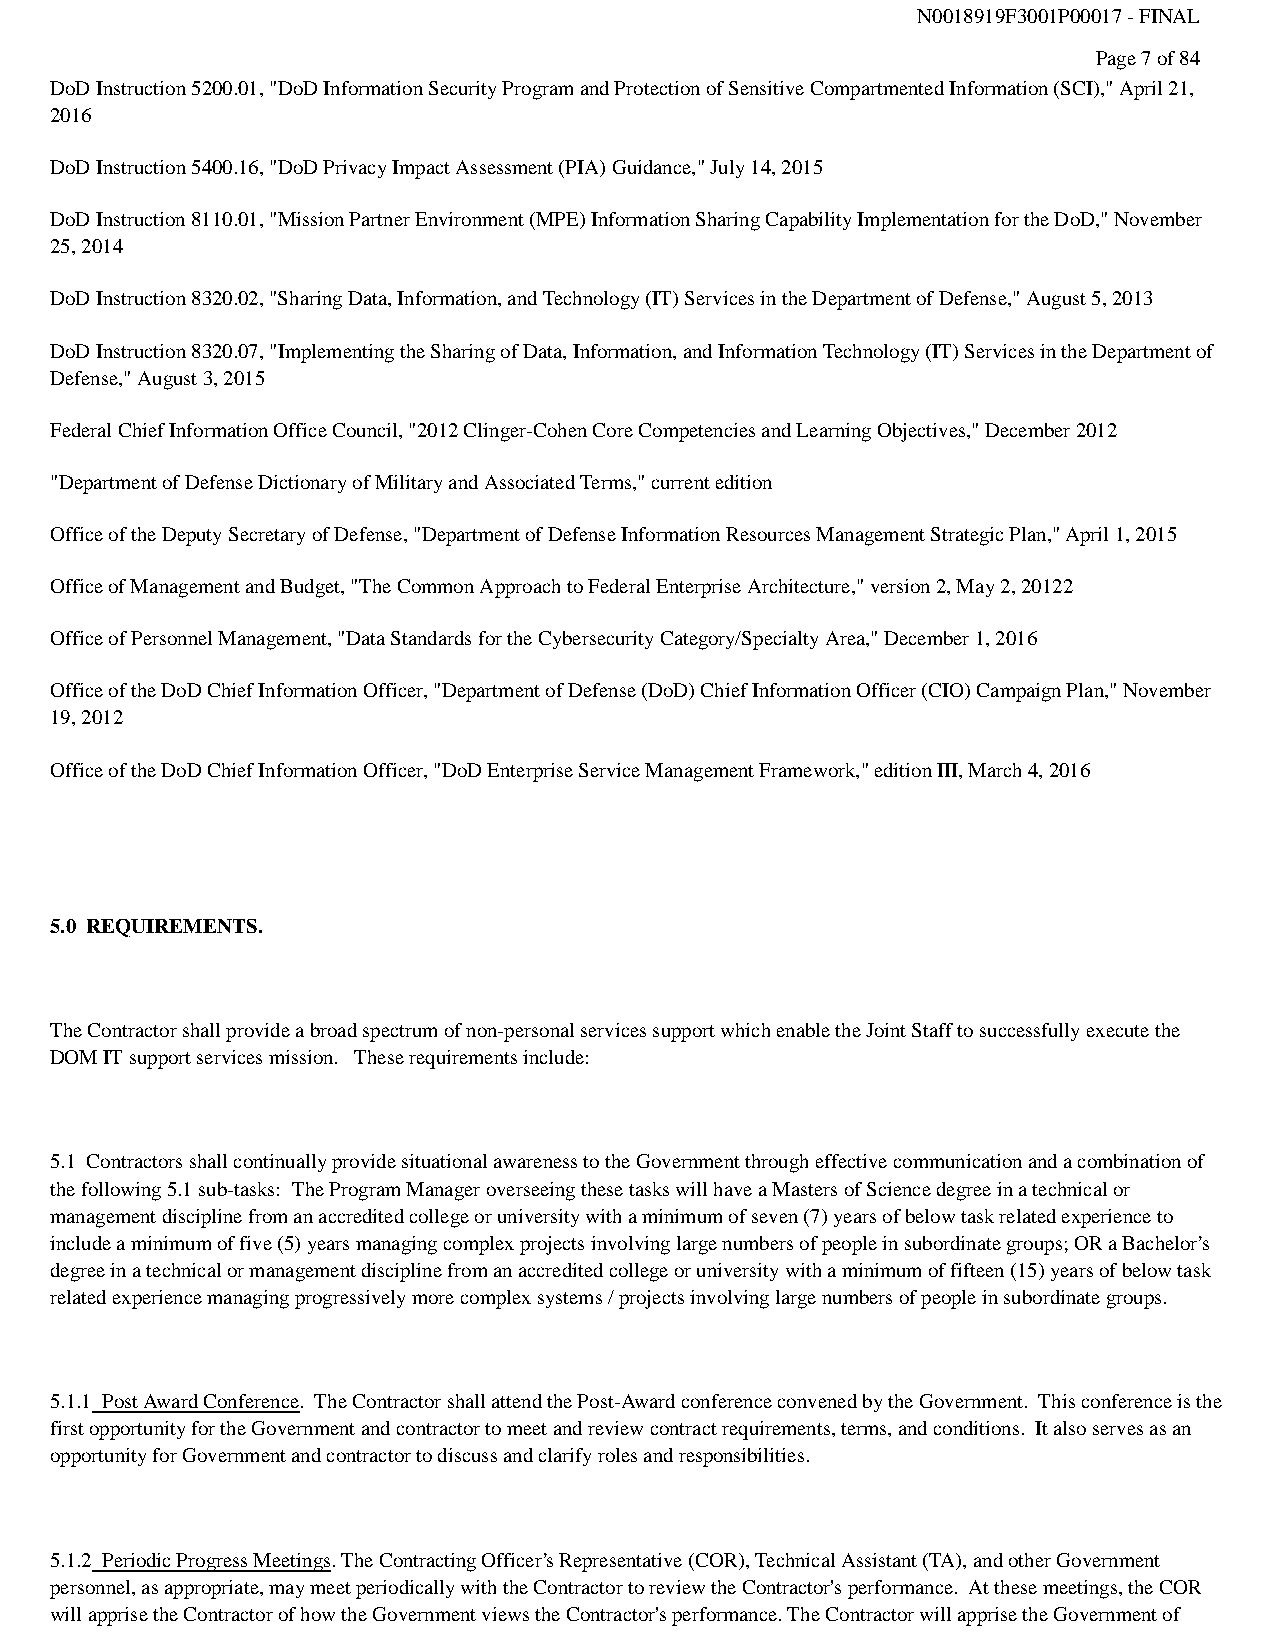
N0018919F3001P00017 - FINAL
 Page 7 of 84
 DoD Instruction 5200.01, "DoD Information Security Program and Protection of Sensitive Compartmented Information (SCI)," April 21,
 2016
 DoD Instruction 5400.16, "DoD Privacy Impact Assessment (PIA) Guidance," July 14, 2015
 DoD Instruction 8110.01, "Mission Partner Environment (MPE) Information Sharing Capability Implementation for the DoD," November
 25, 2014
 DoD Instruction 8320.02, "Sharing Data, Information, and Technology (IT) Services in the Department of Defense," August 5, 2013
 DoD Instruction 8320.07, "Implementing the Sharing of Data, Information, and Information Technology (IT) Services in the Department of
 Defense," August 3, 2015
 Federal Chief Information Office Council, "2012 Clinger-Cohen Core Competencies and Learning Objectives," December 2012
 "Department of Defense Dictionary of Military and Associated Terms," current edition
 Office of the Deputy Secretary of Defense, "Department of Defense Information Resources Management Strategic Plan," April 1, 2015
 Office of Management and Budget, "The Common Approach to Federal Enterprise Architecture," version 2, May 2, 20122
 Office of Personnel Management, "Data Standards for the Cybersecurity Category/Specialty Area," December 1, 2016
 Office of the DoD Chief Information Officer, "Department of Defense (DoD) Chief Information Officer (CIO) Campaign Plan," November
 19, 2012
 Office of the DoD Chief Information Officer, "DoD Enterprise Service Management Framework," edition III, March 4, 2016
 5.0 REQUIREMENTS.
 The Contractor shall provide a broad spectrum of non-personal services support which enable the Joint Staff to successfully execute the
 DOM IT support services mission. These requirements include:
 5.1 Contractors shall continually provide situational awareness to the Government through effective communication and a combination of
 the following 5.1 sub-tasks: The Program Manager overseeing these tasks will have a Masters of Science degree in a technical or
 management discipline from an accredited college or university with a minimum of seven (7) years of below task related experience to
 include a minimum of five (5) years managing complex projects involving large numbers of people in subordinate groups; OR a Bachelor’s
 degree in a technical or management discipline from an accredited college or university with a minimum of fifteen (15) years of below task
 related experience managing progressively more complex systems / projects involving large numbers of people in subordinate groups.
 5.1.1 Post Award Conference. The Contractor shall attend the Post-Award conference convened by the Government. This conference is the
 first opportunity for the Government and contractor to meet and review contract requirements, terms, and conditions. It also serves as an
 opportunity for Government and contractor to discuss and clarify roles and responsibilities.
 5.1.2 Periodic Progress Meetings. The Contracting Officer’s Representative (COR), Technical Assistant (TA), and other Government
 personnel, as appropriate, may meet periodically with the Contractor to review the Contractor's performance. At these meetings, the COR
 will apprise the Contractor of how the Government views the Contractor's performance. The Contractor will apprise the Government of